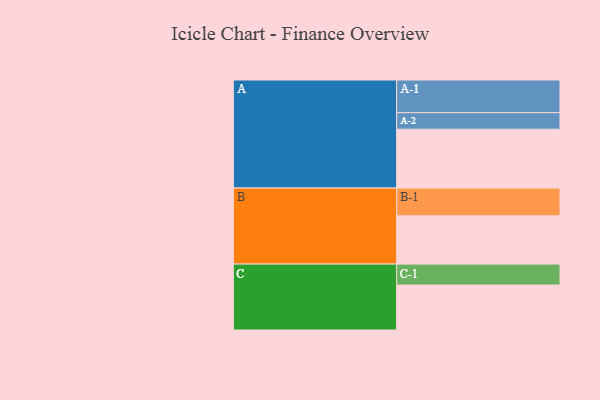
{"axis": {"x": "Segment", "y": "Value"}, "legend": ["", "A", "B", "C"], "data": [{"x": "A", "y": 533, "type": ""}, {"x": "B", "y": 437, "type": ""}, {"x": "C", "y": 407, "type": ""}, {"x": "A-1", "y": 296, "type": "A"}, {"x": "A-2", "y": 150, "type": "A"}, {"x": "B-1", "y": 252, "type": "B"}, {"x": "C-1", "y": 190, "type": "C"}]}